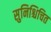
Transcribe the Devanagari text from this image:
सुनिश्चिचित